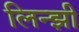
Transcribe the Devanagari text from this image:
लिन्झी